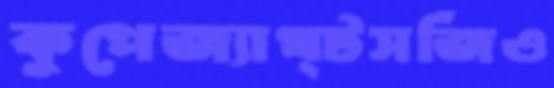
কুপেজ্যাখ্টসর্জিও